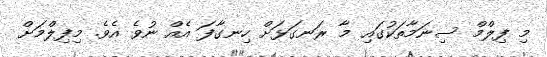
މި ފިލްމް ސިނަމާތަކުގައި މާ ރަނގަޅަށް ހިނގާފަ އެއް ނުވެ އެވެ. މިފިލްމަށް